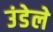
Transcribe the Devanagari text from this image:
उंडेले